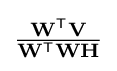
{\textstyle {\frac {\mathbf {W} ^{\mathsf {T}}\mathbf {V} }{\mathbf {W} ^{\mathsf {T}}\mathbf {W} \mathbf {H} }}}